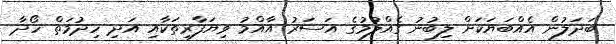
ބަދަލުން އެއްބަޔަކަށް ލިބުނު ގެއްލުމުގެ އަސަރު އާއްމު ވިޔަފާރިތަކާއި އަދި ހިދުމަތް ހޯދާ